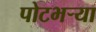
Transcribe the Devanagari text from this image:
पोटभऱ्या